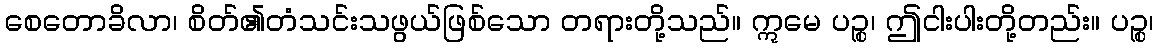
စေတောခိလာ၊ စိတ်၏တံသင်းသဖွယ်ဖြစ်သော တရားတို့သည်။ ဣမေ ပဉ္စ၊ ဤငါးပါးတို့တည်း။ ပဉ္စ၊